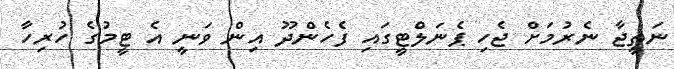
ނަތީޖާ ނެރުމަށް ޖެހި ޕެނަލްޓީގައި ފެހެންދޫ އިން ވަނީ އެ ޓީމުގެ ހުރިހާ